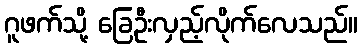
ဂူဖက်သို့ ခြေဦးလှည့်လိုက်လေသည်။